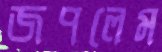
জপলেম